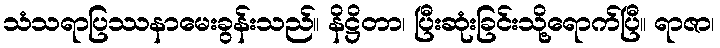
သံသရာပြဿနာမေးခွန်းသည်။ နိဋ္ဌိတာ၊ ပြီးဆုံးခြင်းသို့ရောက်ပြီ။ ရာဇာ၊